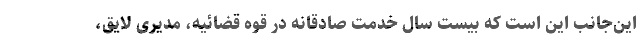
این‌جانب این است که بیست سال خدمت صادقانه در قوه قضائیه، مدیری لایق،